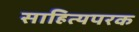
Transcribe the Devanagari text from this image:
साहित्यपरक